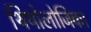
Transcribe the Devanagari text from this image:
थियोलोजिका